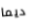
ديما